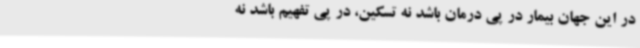
در این جهان بیمار در پی درمان باشد نه تسکین، در پی تفهیم باشد نه